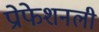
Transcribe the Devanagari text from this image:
प्रोफेशनली